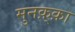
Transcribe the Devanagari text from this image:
मुनक़्क़ा